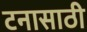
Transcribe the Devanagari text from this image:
टनासाठी